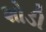
શોડી